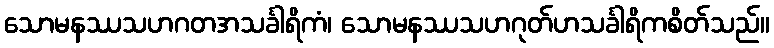
သောမနဿသဟဂတအသင်္ခါရိကံ၊ သောမနဿသဟဂုတ်ဟသင်္ခါရိကစိတ်သည်။